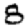
Digit: 8